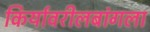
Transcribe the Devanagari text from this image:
किर्यावरीलबांगला